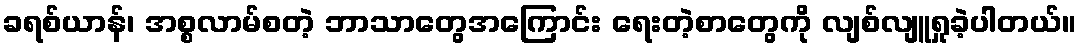
ခရစ်ယာန်၊ အစ္စလာမ်စတဲ့ ဘာသာတွေအကြောင်း ရေးတဲ့စာတွေကို လျစ်လျူရှုခဲ့ပါတယ်။